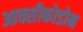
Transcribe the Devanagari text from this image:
आक्सीकोडोन